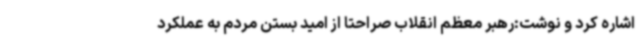
اشاره کرد و نوشت:رهبر معظم انقلاب صراحتا از امید بستن مردم به عملکرد